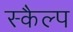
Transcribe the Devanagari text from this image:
स्कैल्प